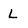
Character: L